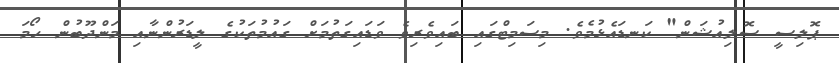
ޕޮލިސީ ސޮލިއުޝަން" ކަނޑައެޅުމެވެ. މިސަމިޓްގައި ބައިވެރިވެ ވަޑައިގަތުމަށް ގައުމުތަކުގެ ލީޑަރުންނާއި މަންދޫބުން ހޯމަ